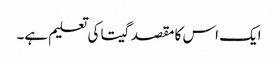
ایک اس کا مقصد گیتا کی تعلیم ہے۔